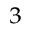
^ 3